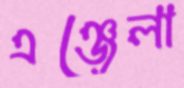
এঞ্জেলা